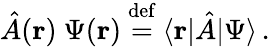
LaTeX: {\hat{A}}(\mathbf{r})~\Psi(\mathbf{r})\ {\stackrel{\mathrm{def}}{=}}\ \langle\mathbf{r}|{\hat{A}}|\Psi\rangle\, .